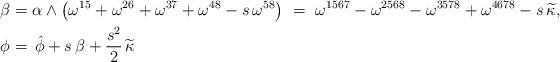
LaTeX: \begin{align*}\beta& = \alpha\wedge \left(\omega^{15}+\omega^{26}+\omega^{37}+\omega^{48}-s \, \omega^{58}\right)\ =\ \omega^{1567} - \omega^{2568} - \omega^{3578} + \omega^{4678}-s \, \widetilde{\kappa},\quad\\\phi &= \, \hat{\phi}+s\,\beta +\frac{s^2}{2}\, \widetilde{\kappa} \end{align*}